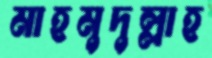
মাহমুদুল্লাহ